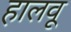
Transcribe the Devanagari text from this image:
हालवू